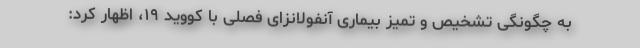
به چگونگی تشخیص و تمیز بیماری آنفولانزای فصلی با کووید ۱۹، اظهار کرد: